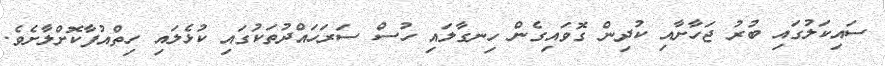
ސައިކަލުގައި ބުރު ޖަހާށާއި ކުދިން ގޮވައިގެން ހިނގާލައި ހުސް ސަރަހައްދުތަކުގައި ކުޅެލައި ހިތްއުފާކޮށްލާށެވެ.